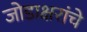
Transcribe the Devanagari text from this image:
जोडाक्षरांचे